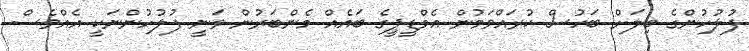
ފުލުހުންގެ ބިލަށް ބަހުސް ކުރައްވަމުން އެމްޑީޕީގެ ބައެއް މެންބަރުން ވަނީ ފުލުހުންނަކީ އެއްވެސް